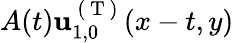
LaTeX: A(t)\mathbf{u}_{1,0}^{\mathrm{~(~T~)~}}(x-t,y)